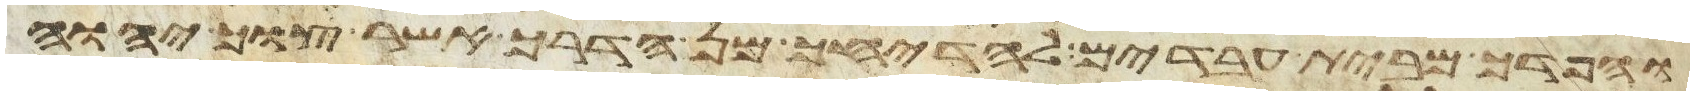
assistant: והפדך מבית עבדים להדיחך מן הדרך אשר צוך יהוה